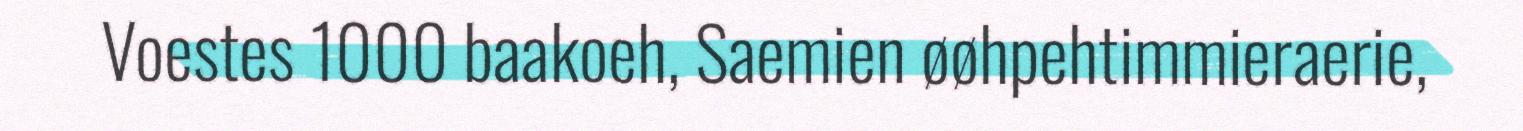
Voestes 1000 baakoeh, Saemien øøhpehtimmieraerie,